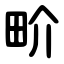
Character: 畍